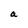
Character: a